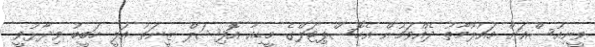
ވީނިއުސްއަށް މައުލޫމާތު ދެއްވަމުން އެހޮސްޕިޓަލްގެ މީޑިއާ އޮފިޝަލް ޒީނަތު އަލީ ހަބީބު ވިދާޅުވީ